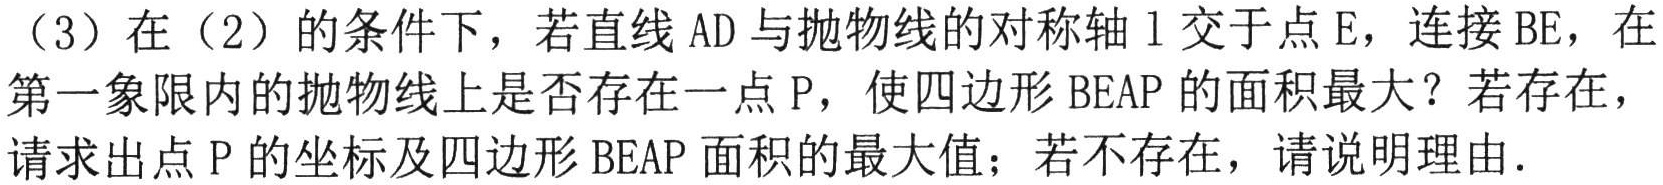
（3）在（2）的条件下，若直线 \(AD\) 与抛物线的对称轴 \(l\) 交于点 \(E\)，连接 \(BE\)，在第一象限内的抛物线上是否存在一点 \(P\)，使四边形 \(BEAP\) 的面积最大？若存在，请求出点 \(P\) 的坐标及四边形 \(BEAP\) 面积的最大值；若不存在，请说明理由.